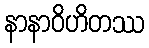
နာနာဝိဟိတဿ